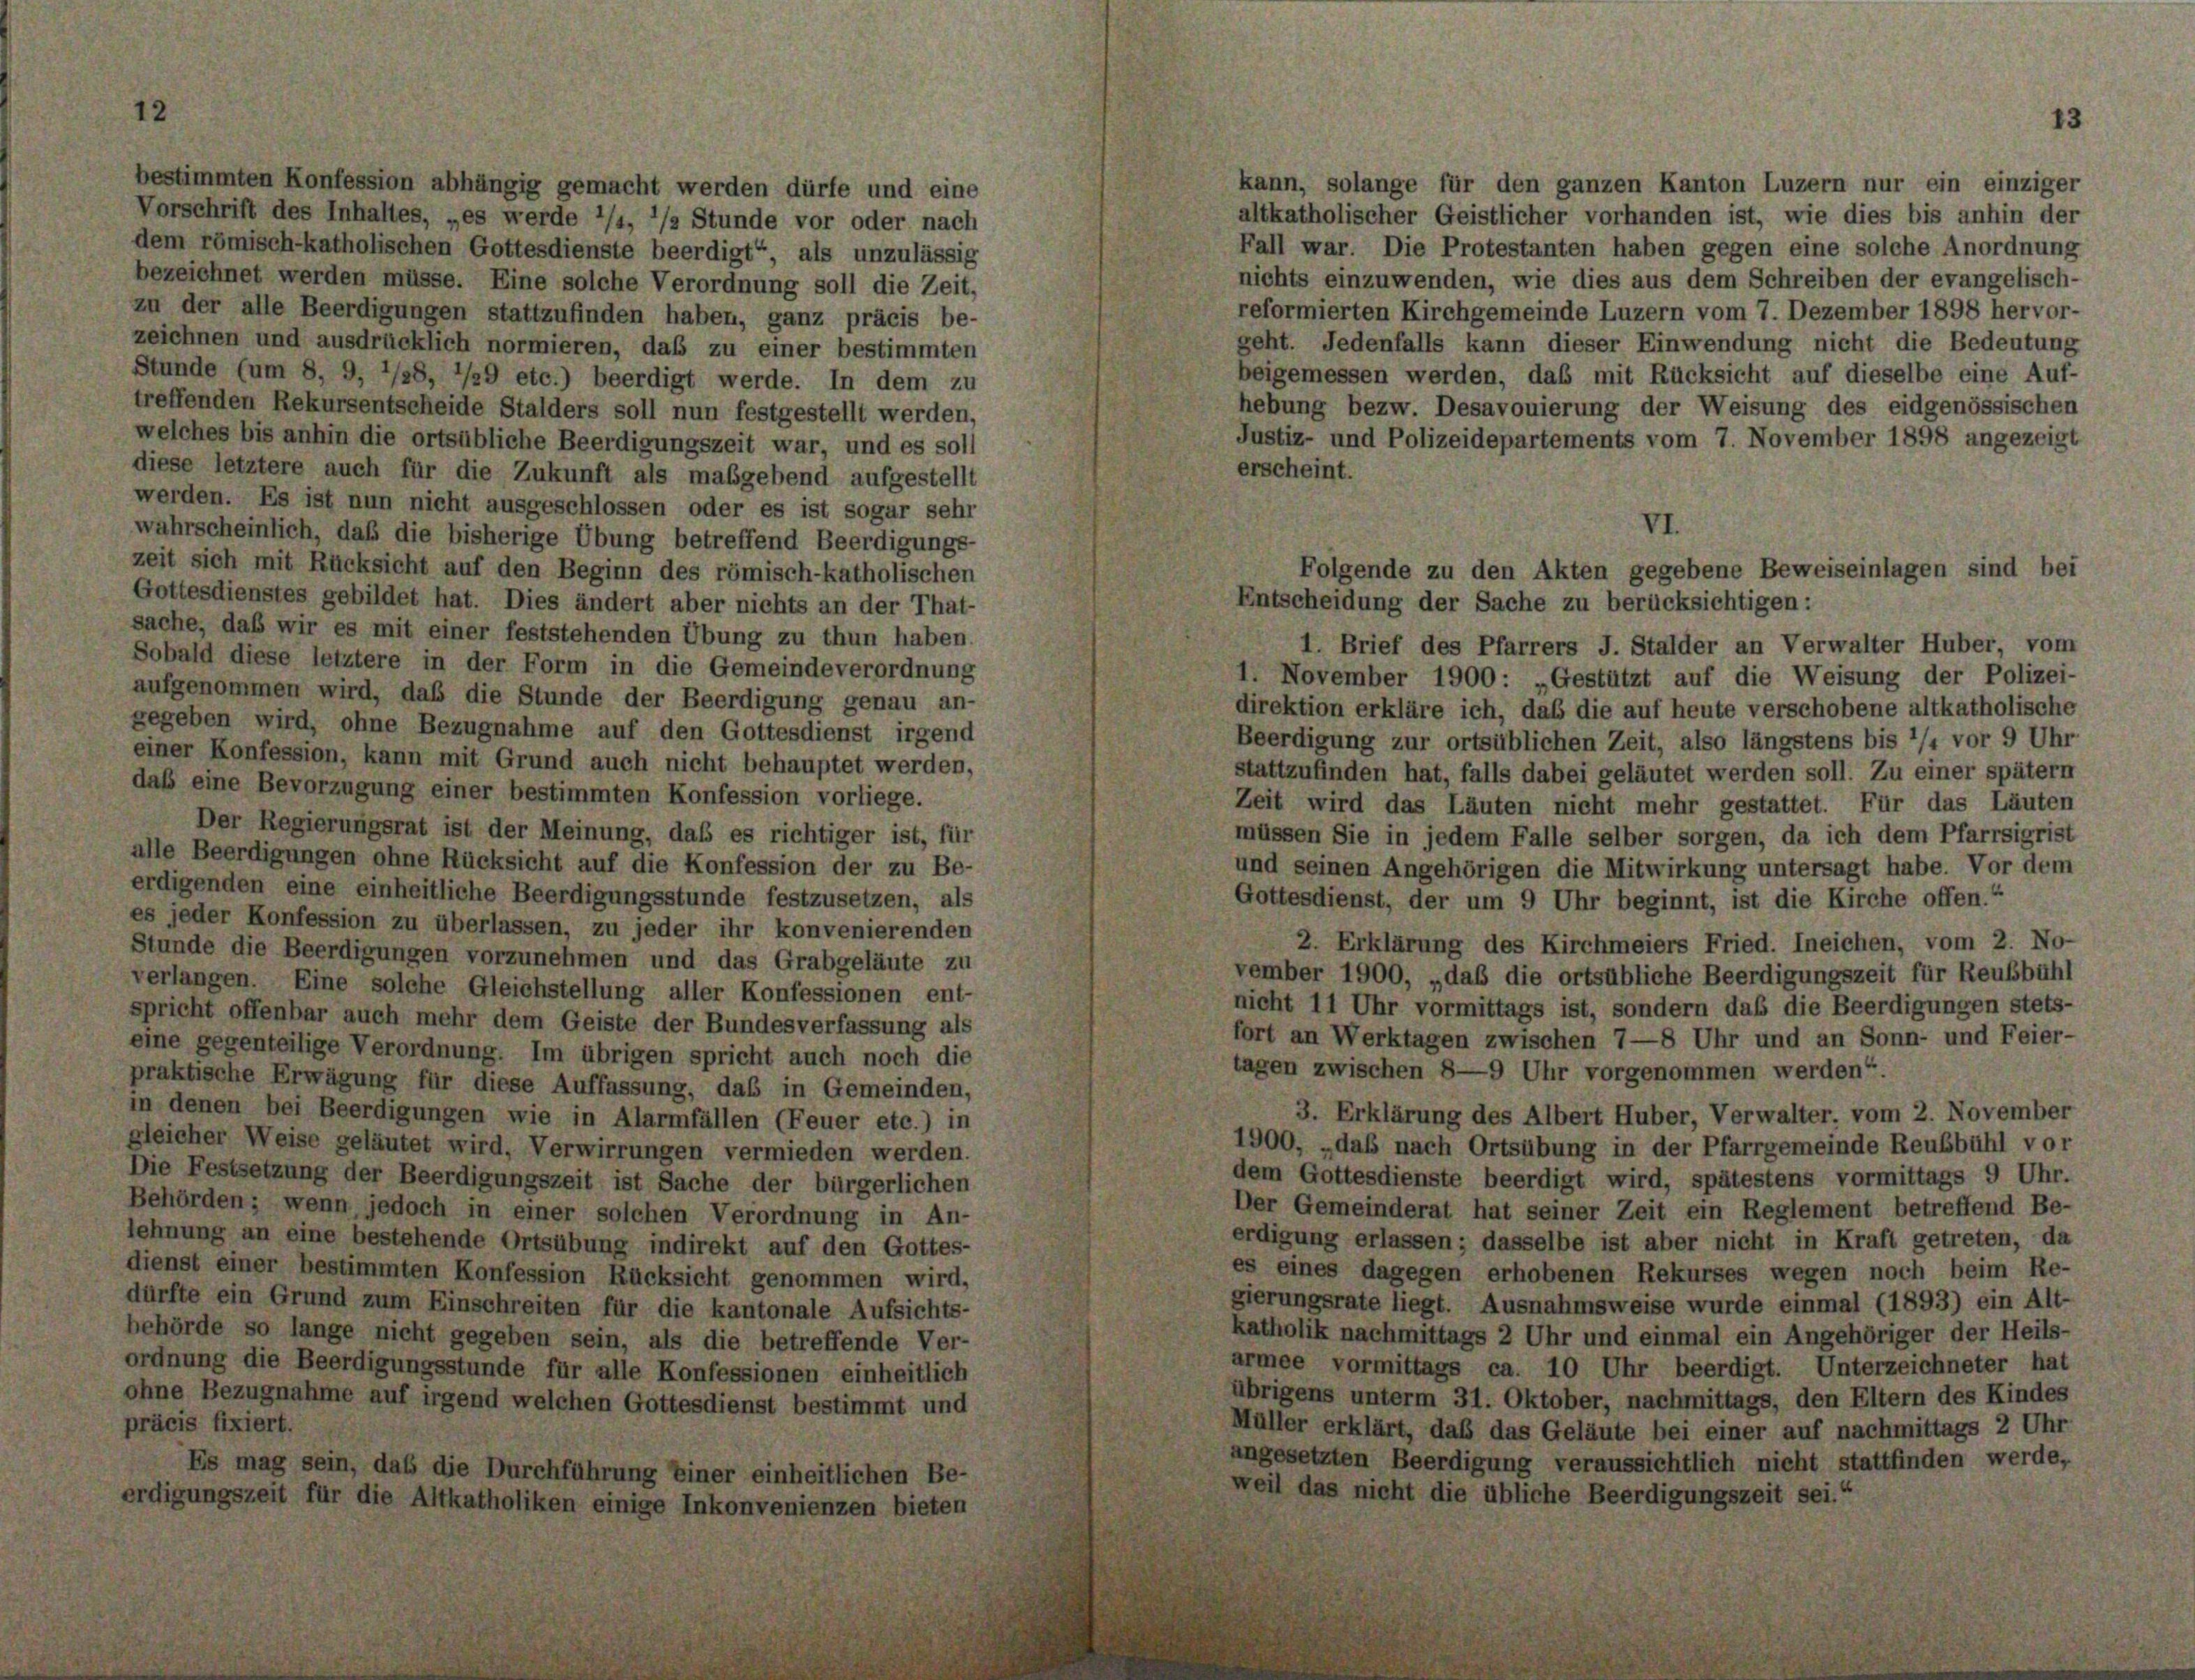
bestimmten Konfession abhängig gemacht werden dürfe und eine
Vorschrift des Inhaltes, „es werde 1/4, 1/2 Stunde vor oder nach
dem römisch-katholischen Gottesdienste beerdigt“, als unzulässig
ezeichnet werden müsse. Eine solche Verordnung soll die Zeit,
in der alle Beerdigungen stattzufinden haben, ganz präcis be-
zeichnen und ausdrücklich normieren, daß zu einer bestimmten
Stunde (um 8, 9, */38, 1/29 etc.) beerdigt werde. In dem zu
reffenden Rekursentscheide Stalders soll nun festgestellt werden,
velches bis anhin die ortsübliche Beerdigungszeit war, und es soll
liese letztere auch für die Zukunft als maßgebend aufgestellt
werden. Es ist nun nicht ausgeschlossen oder es ist sogar sehr
vahrscheinlich, daß die bisherige Übung betreffend Beerdigungs-
zeit sich mit Rücksicht auf den Beginn des römisch-katholischen
ottesdienstes gebildet hat. Dies ändert aber nichts an der That-
sache, daß wir es mit einer feststehenden Übung zu thun haben.
1. Brief des Pfarrers J. Stalder an Verwalter Huber, vom
Sobald diese letztere in der Form in die Gemeindeverordnung
1. November 1900: „Gestützt auf die Weisung der Polizei-
ufgenommen wird, daß die Stunde der Beerdigung genau an-
direktion erkläre ich, daß die auf heute verschobene altkatholische
gegeben wird, ohne Bezugnahme auf den Gottesdienst irgend
Beerdigung zur ortsüblichen Zeit, also längstens bis 1/4 vor 9 Uhr-
einer Konfession, kann mit Grund auch nicht behauptet werden.
stattzufinden hat, falls dabei geläutet werden soll. Zu einer spätem
laß eine Bevorzugung einer bestimmten Konfession vorliege.
Zeit wird das Läuten nicht mehr gestattet. Für das Läuten
Der Regierungsrat ist der Meinung, daß es richtiger ist, für
müssen Sie in jedem Falle selber sorgen, da ich dem Pfarrsigrist
lle Beerdigungen ohne Rücksicht auf die Konfession der zu Be-
und seinen Angehörigen die Mitwirkung untersagt habe. Vor dem
erdigenden eine einheitliche Beerdigungsstunde festzusetzen, als
Gottesdienst, der um 9 Uhr beginnt, ist die Kirche offen.“
s jeder Konfession zu überlassen, zu jeder ihr konvenierenden
2. Erklärung des Kirchmeiers Fried. Ineichen, vom 2. No-
Stunde die Beerdigungen vorzunehmen und das Grabgeläute zu
vember 1900, „daß die ortsübliche Beerdigungszeit für Reubbühl
verlangen. Eine solche Gleichstellung aller Konfessionen ent-
nicht 11 Uhr vormittags ist, sondern daß die Beerdigungen stets-
spricht offenbar auch mehr dem Geiste der Bundesverfassung als
fort an Werktagen zwischen 7—8 Uhr und an Sonn- und Feier-
ine gegenteilige Verordnung. Im übrigen spricht auch noch die
tagen zwischen 8—9 Uhr vorgenommen werden“.
raktische Erwägung für diese Auffassung, das in Gemeinden,
3. Erklärung des Albert Huber, Verwalter, vom 2. November
n denen bei Beerdigungen wie in Alarmfällen (Feuer etc.) in
1900, „daß nach Ortsübung in der Pfarrgemeinde Reubbühl vor
leicher Weise geläutet wird, Verwirrungen vermieden werden.
dem Gottesdienste beerdigt wird, spätestens vormittags 9 Uhr.
die Festsetzung der Beerdigungszeit ist Sache der bürgerlichen
Der Gemeinderat hat seiner Zeit ein Reglement betreffend Be-
ehörden; wenn jedoch in einer solchen Verordnung in An-
erdigung erlassen; dasselbe ist aber nicht in Kraft getreten, da
ehnung an eine bestehende Ortsübung indirekt auf den Gottes-
es eines dagegen erhobenen Rekurses wegen noch beim Re-
ienst einer bestimmten Konfession Rücksicht genommen wird,
gierungsrate liegt. Ausnahmsweise wurde einmal (1893) ein Alt-
fürfte ein Grund zum Einschreiten für die kantonale Aufsichts-
katholik nachmittags 2 Uhr und einmal ein Angehöriger der Heils-
ehörde so lange nicht gegeben sein, als die betreffende Ver-
armee vormittags ca. 10 Uhr beerdigt. Unterzeichneter hat
ordnung die Beerdigungsstunde für alle Konfessionen einheitlich
übrigens unterm 31. Oktober, nachmittags, den Eltern des Kindes
hne Bezugnahme auf irgend welchen Gottesdienst bestimmt und
räcis fixiert.
Müller erklärt, daß das Geläute bei einer auf nachmittags 2 Uhr-
angesetzten Beerdigung veraussichtlich nicht stattfinden werde,
Es mag sein, das die Durchführung Einer einheitlichen Be-
weil das nicht die übliche Beerdigungszeit sei.“
rdigungszeit für die Altkatholiken einige Inkonvenienzen bieten

kann, solange für den ganzen Kanton Luzern nur ein einziger
altkatholischer Geistlicher vorhanden ist, wie dies bis anhin der
Fall war. Die Protestanten haben gegen eine solche Anordnung
nichts einzuwenden, wie dies aus dem Schreiben der evangelisch-
reformierten Kirchgemeinde Luzern vom 7. Dezember 1898 hervor-
geht. Jedenfalls kann dieser Einwendung nicht die Bedeutung
beigemessen werden, daß mit Rücksicht auf dieselbe eine Auf-
hebung bezw. Desavouierung der Weisung des eidgenössischen
Justiz- und Polizeidepartements vom 7. November 1898 angezeigt
erscheint.
VI.
Folgende zu den Akten gegebene Beweiseinlagen sind bei

Entscheidung der Sache zu berücksichtigen: